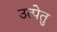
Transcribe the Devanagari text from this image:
उत्पेतु